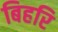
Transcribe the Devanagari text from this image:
बिहरि